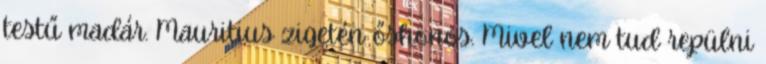
testű madár. Mauritius zigetén őshonos. Mivel nem tud repülni